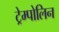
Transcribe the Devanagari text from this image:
ट्रेम्पोलिन